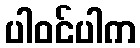
ပါဝင်ပါက